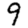
Digit: 9